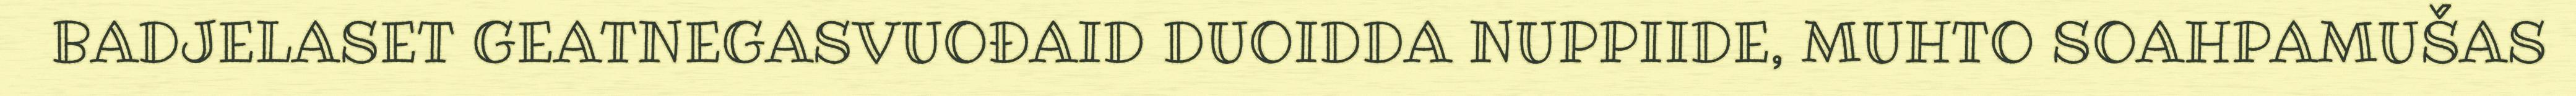
BADJELASET GEATNEGASVUOĐAID DUOIDDA NUPPIIDE, MUHTO SOAHPAMUŠAS